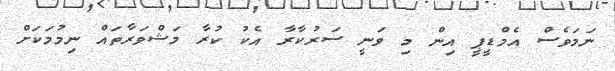
ނަމަވެސް އެމްޑީޕީ އިން މި ވަނީ ސަރުކާރާ އެކު ކުރާ މަޝްވަރާތައް ނިމުމަކަށް